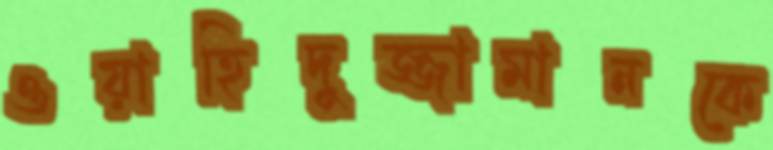
ওয়াহিদুজ্জামানকে